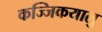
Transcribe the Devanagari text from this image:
कज्जिकयालु